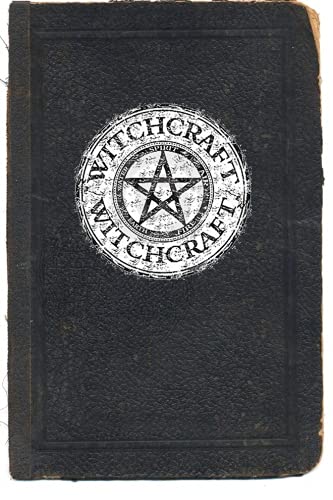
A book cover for Witchcraft: A Beginners Guide to Witchcraft; Sophie Cornish; Religion & Spirituality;